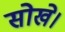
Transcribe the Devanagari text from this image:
सोखे।